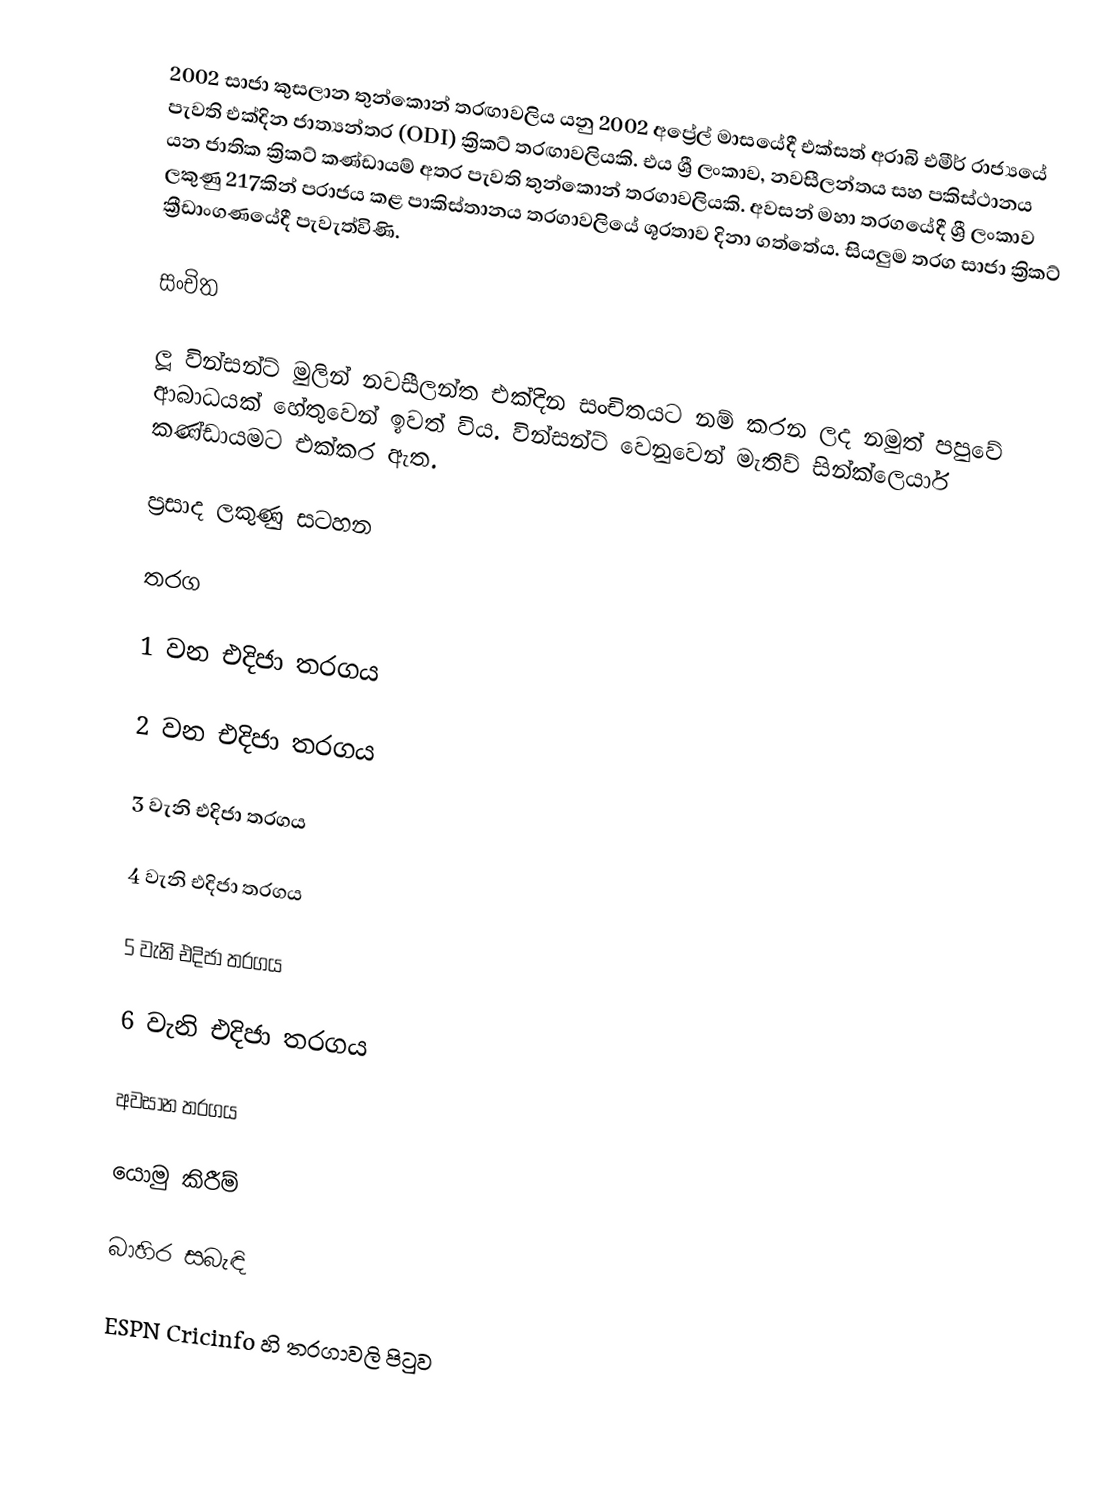
2002 සාජා කුසලාන තුන්කොන් තරඟාවලිය යනු 2002 අප්‍රේල් මාසයේදී එක්සත් අරාබි එමීර් රාජ්‍යයේ පැවති එක්දින ජාත්‍යන්තර  (ODI) ක්‍රිකට් තරඟාවලියකි. එය ශ්‍රී ලංකාව, නවසීලන්තය සහ පකිස්ථානය යන ජාතික ක්‍රිකට් කණ්ඩායම් අතර පැවති තුන්කොන් තරගාවලියකි. අවසන් මහා තරගයේදී ශ්‍රී ලංකාව ලකුණු 217කින් පරාජය කළ පාකිස්තානය තරගාවලියේ ශූරතාව දිනා ගත්තේය. සියලුම තරග සාජා ක්‍රිකට් ක්‍රීඩාංගණයේදී පැවැත්විණි.

සංචිත

ලූ වින්සන්ට් මුලින් නවසීලන්ත එක්දින සංචිතයට නම් කරන ලද නමුත් පපුවේ ආබාධයක් හේතුවෙන් ඉවත් විය. වින්සන්ට් වෙනුවෙන් මැතිව් සින්ක්ලෙයාර් කණ්ඩායමට එක්කර ඇත.

ප්‍රසාද ලකුණු සටහන

තරග

1 වන එදිජා තරගය

2 වන එදිජා තරගය

3 වැනි එදිජා තරගය

4 වැනි එදිජා තරගය

5 වැනි එදිජා තරගය

6 වැනි එදිජා තරගය

අවසාන තරගය

යොමු කිරීම්

බාහිර සබැඳි

 ESPN Cricinfo හි තරගාවලි පිටුව